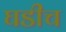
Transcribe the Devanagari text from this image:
घडीच